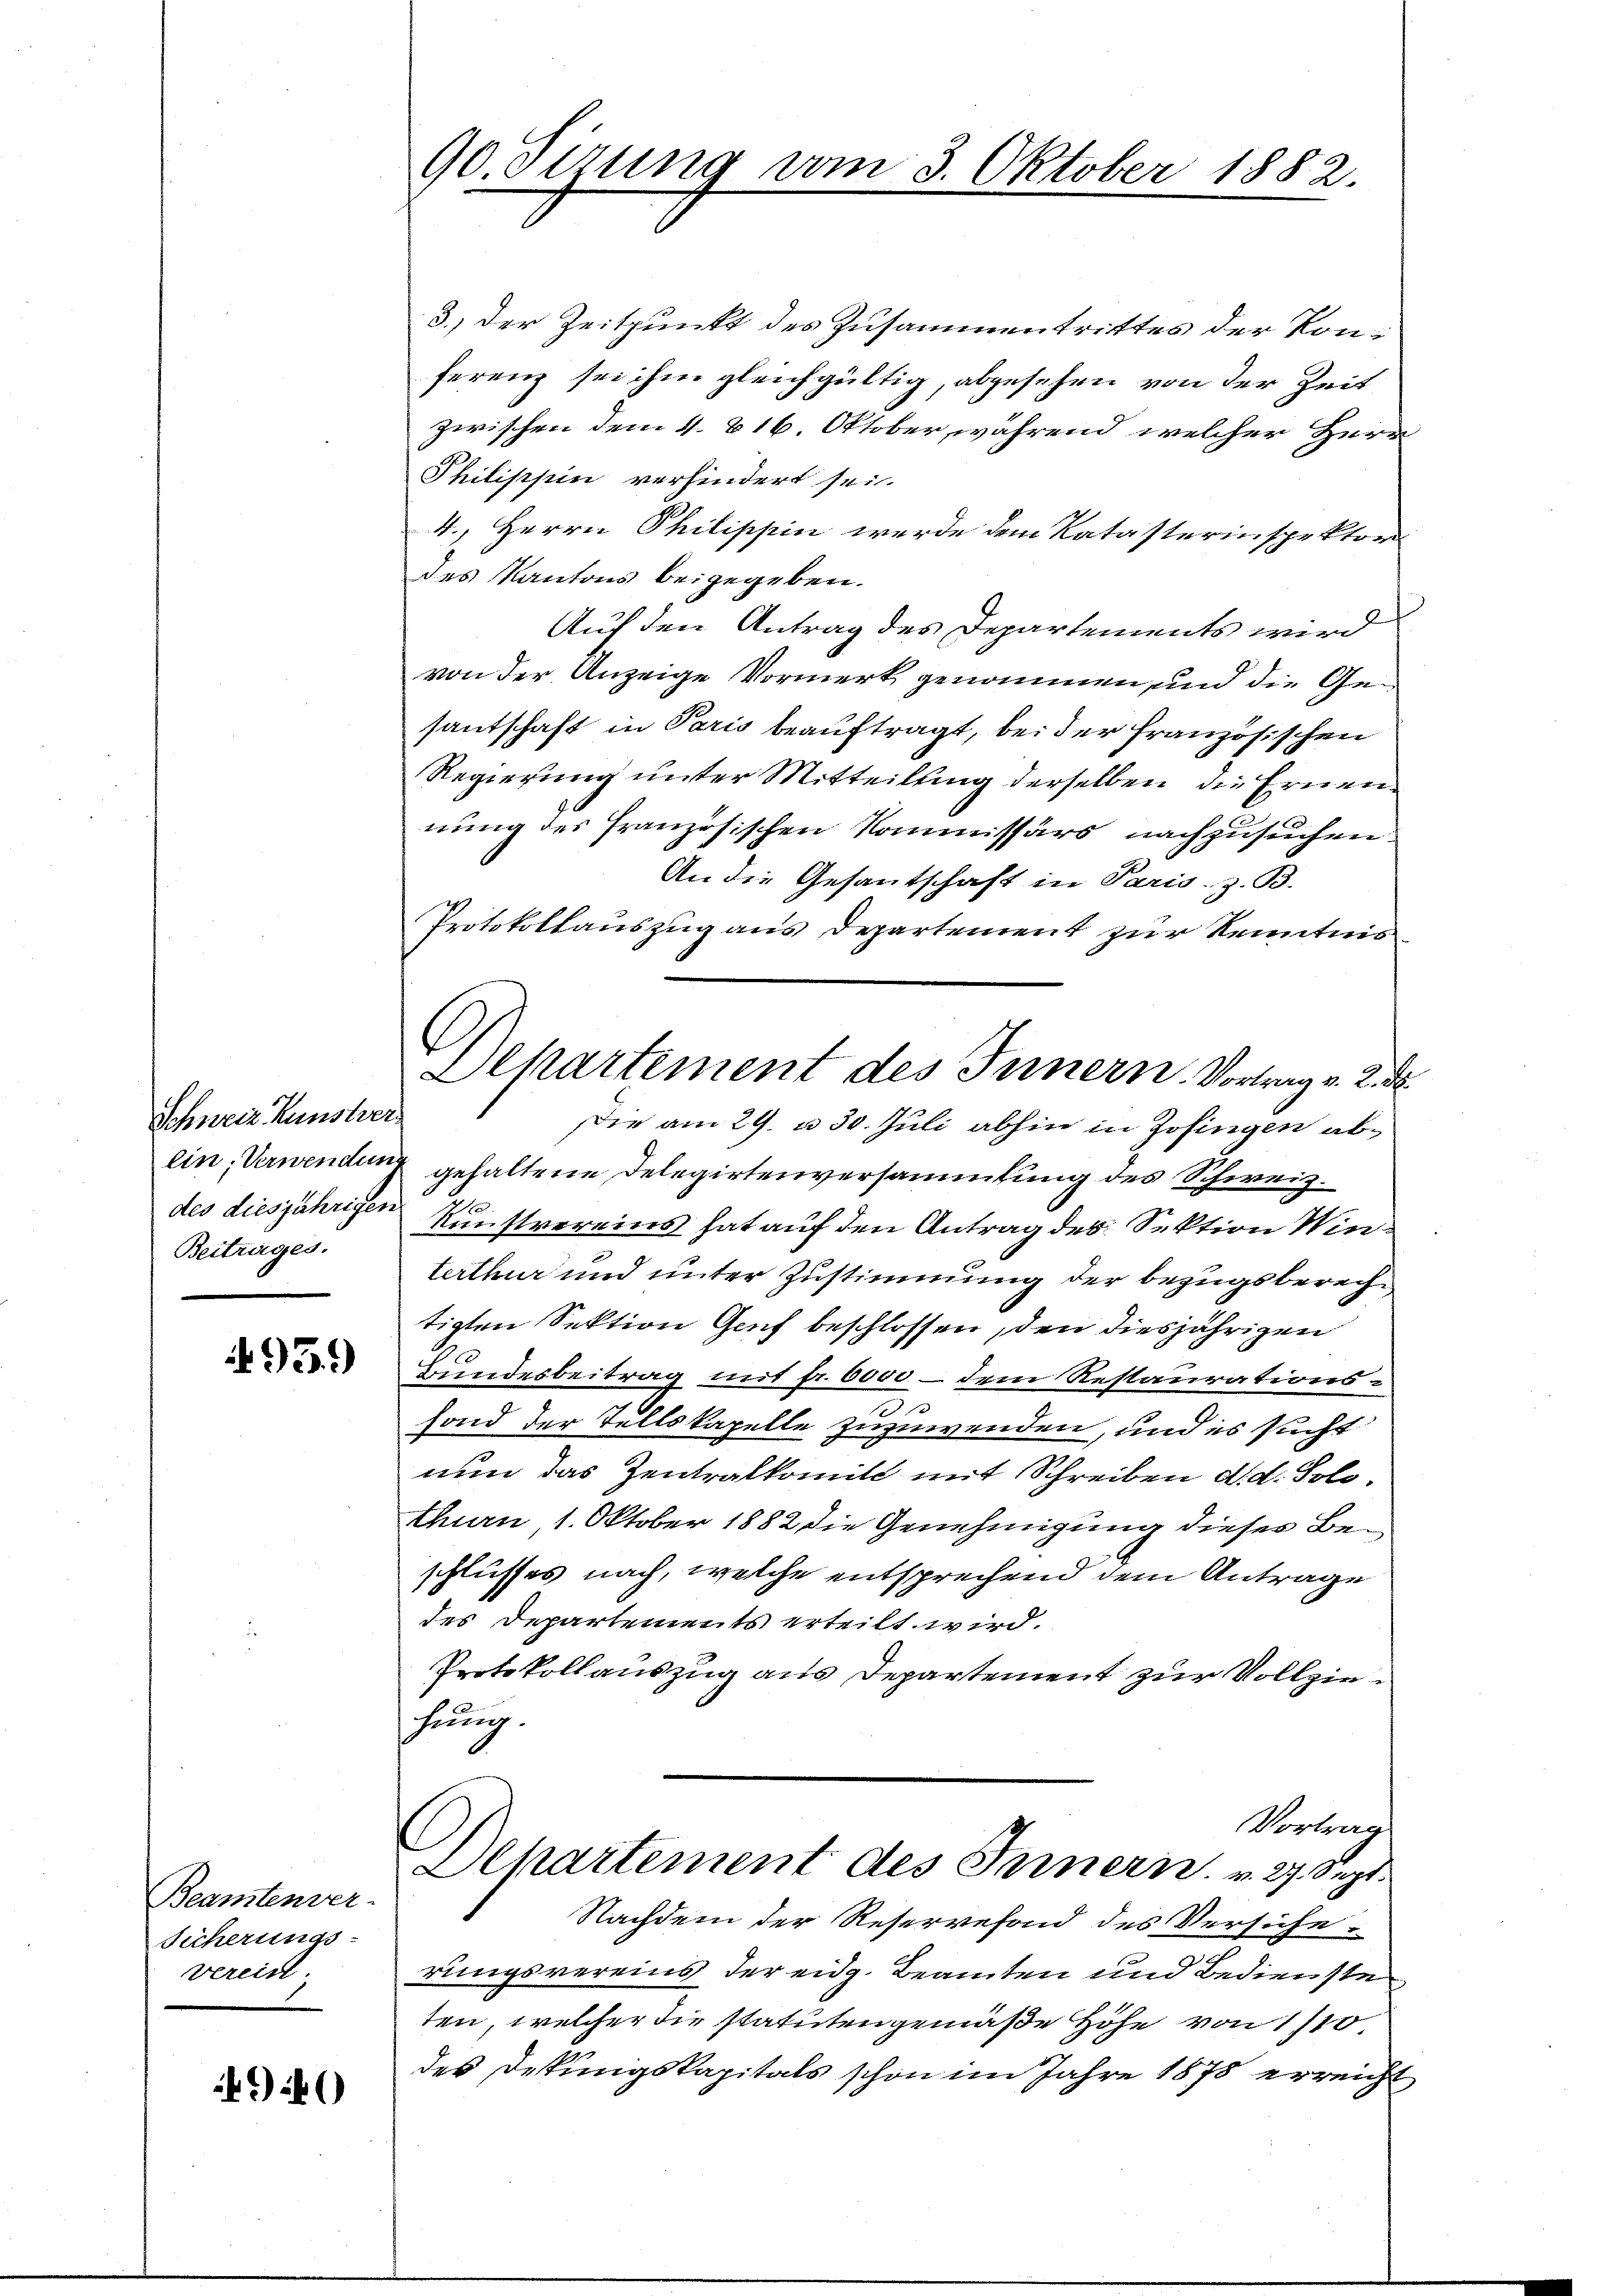
Schweiz. Kunstver
Beitrages.

493.)

Beamtenver-
Sicherungs-
vereint

49)

90. Sizung vom 3. Oktober 1882.

Departement des Innern. Vortrag v. 2

3.) Der Zeitpunkt des Zusammentrittes der Konferenz sei ihm gleichgültig, abgesehen von der Zeit
zwischen dem 4. & 16. Oktober, während welcher Herr
Philippin verhindert sei.
4., Herrn Philippin werde dem Katasterinspektor
des Kantons beigegeben.
Auf den Antrag des Departements wird
von der Anzeige Vormerk genommen, und die Gesantschaft in Paris beauftragt, bei der französischen
Regierung unter Mitteilung derselben die Ernennung des französischen Kommissärs nachzusuchen.
An die Gesantschaft in Paris. z. B.
Protokollauszug aus Departement zur Kenntnis
Die am 29. u. 30. Juli abhin in Zofingen abein, Verwendung gehaltene Delegirtenversammlung des Schweiz.
.
des diesjährigen Kunstvereins hat auf den Antrag des Sektion Winterthur und unter Zustimmung der Bezugsbereche
tigten Sektion Genf beschlossen, den diesjährigen
Bundesbeitrag mit fr. 6000 – dem Restaurations¬
2.
fond der Tellskapelle zuzuwenden, und es sucht
nun das Zentralkomit mit Schreiben d. d. Solothurn 1. Oktober 1882 die Genehmigung dieser Beschlusses nach, welche entsprechend dem Antrage
des Departements erteilt wird.
Protokollauszug aus Departement zur Vollziehung.
Vortrag
Departement des Innern. v. 27. Sept
Nachdem der Reservefond des Versiche
rungsvereins der eidg. Beamten und Bedienste
ten, welcher die statuten gemäße Höhe von 1/10,
des Destungskapitals schon im Jahre 1878 erreicht